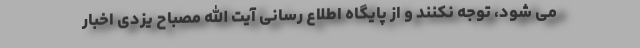
می شود، توجه نکنند و از پایگاه اطلاع رسانی آیت الله مصباح یزدی اخبار